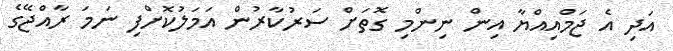
އަދި އެ ޖަމްއިއްޔާ އިން ނިންމި ގޮތަށް ސަރުކާރުން އަމަލުކޮށްފި ނަމަ ރާއްޖޭގެ